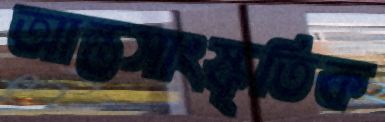
আন্তসাংস্কৃতিক